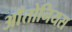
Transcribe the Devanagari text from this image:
आँतोनियस